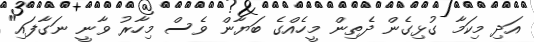
އަދި މިކަމާ ގުޅިގެން ދެތިން މީހެއްގެ ބަޔާން ވެސް މިހާރު ވާނީ ނަގާފައި"